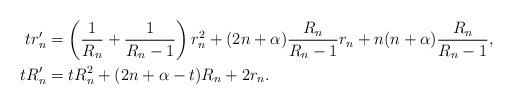
LaTeX: \begin{align*}t r_{n}'&=\left(\frac{1}{R_{n}}+\frac{1}{R_{n}-1}\right)r_{n}^{2}+(2n+\alpha)\frac{R_{n}}{R_{n}-1}r_{n}+n(n+\alpha)\frac{R_{n}}{R_{n}-1},\\t R_{n}'&=t R_{n}^2+(2n+\alpha-t)R_{n}+2r_n.\end{align*}